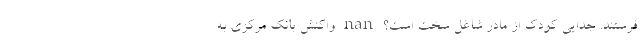
فرستند. جدایی کودک از مادر شاغل سخت است؟ nan واکنش بانک مرکزی به